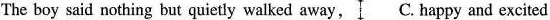
The boy said nothing but quietly walked away, C. happy and excited